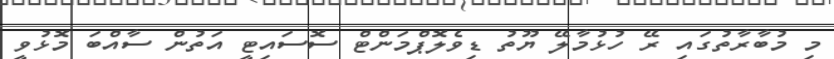
މި މުބާރާތުގައި ރޭ ހުޅުމާލޭ ޔޫތު ޑިވެލޮޕްމަންޓް ސޮސައިޓީ އަތުން ސާއްބަ މޮޅުވީ